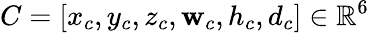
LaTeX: C=[x_{c},y_{c},z_{c},\mathbf{w}_{c},h_{c},d_{c}]\in\mathbb{R}^{6}